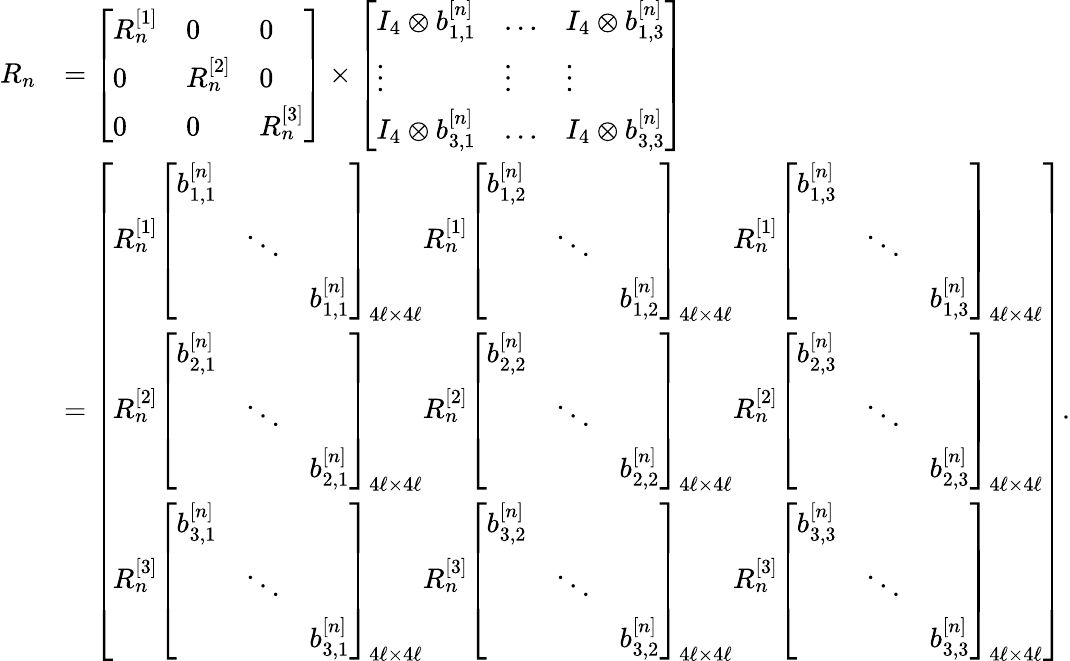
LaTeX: \begin{array}{rl}{R_{n}}&{=\left[\begin{array}{lll}{R_{n}^{[1]}}&{0}&{0}\\ {0}&{R_{n}^{[2]}}&{0}\\ {0}&{0}&{R_{n}^{[3]}}\end{array}\right]\times\left[\begin{array}{lll}{I_{4}\otimes b_{1,1}^{[n]}}&{\dotsc}&{I_{4}\otimes b_{1,3}^{[n]}}\\ {\vdots}&{\vdots}&{\vdots}\\ {I_{4}\otimes b_{3,1}^{[n]}}&{\dotsc}&{I_{4}\otimes b_{3,3}^{[n]}}\end{array}\right]}\\ &{=\left[\begin{array}{l}{R_{n}^{[1]}\left[\begin{array}{lll}{b_{1,1}^{[n]}}&&\\ &{\ddots}&\\ &&{b_{1,1}^{[n]}}\end{array}\right]_{4\ell\times 4\ell}R_{n}^{[1]}\left[\begin{array}{lll}{b_{1,2}^{[n]}}&&\\ &{\ddots}&\\ &&{b_{1,2}^{[n]}}\end{array}\right]_{4\ell\times 4\ell}R_{n}^{[1]}\left[\begin{array}{lll}{b_{1,3}^{[n]}}&&\\ &{\ddots}&\\ &&{b_{1,3}^{[n]}}\end{array}\right]_{4\ell\times 4\ell}}\\ {R_{n}^{[2]}\left[\begin{array}{lll}{b_{2,1}^{[n]}}&&\\ &{\ddots}&\\ &&{b_{2,1}^{[n]}}\end{array}\right]_{4\ell\times 4\ell}R_{n}^{[2]}\left[\begin{array}{lll}{b_{2,2}^{[n]}}&&\\ &{\ddots}&\\ &&{b_{2,2}^{[n]}}\end{array}\right]_{4\ell\times 4\ell}R_{n}^{[2]}\left[\begin{array}{lll}{b_{2,3}^{[n]}}&&\\ &{\ddots}&\\ &&{b_{2,3}^{[n]}}\end{array}\right]_{4\ell\times 4\ell}}\\ {R_{n}^{[3]}\left[\begin{array}{lll}{b_{3,1}^{[n]}}&&\\ &{\ddots}&\\ &&{b_{3,1}^{[n]}}\end{array}\right]_{4\ell\times 4\ell}R_{n}^{[3]}\left[\begin{array}{lll}{b_{3,2}^{[n]}}&&\\ &{\ddots}&\\ &&{b_{3,2}^{[n]}}\end{array}\right]_{4\ell\times 4\ell}R_{n}^{[3]}\left[\begin{array}{lll}{b_{3,3}^{[n]}}&&\\ &{\ddots}&\\ &&{b_{3,3}^{[n]}}\end{array}\right]_{4\ell\times 4\ell}}\end{array}\right].}\end{array}